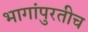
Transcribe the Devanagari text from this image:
भागांपुरतीच